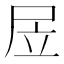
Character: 㞐